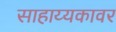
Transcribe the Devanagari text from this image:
साहाय्यकावर